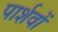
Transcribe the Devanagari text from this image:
पार्शवों